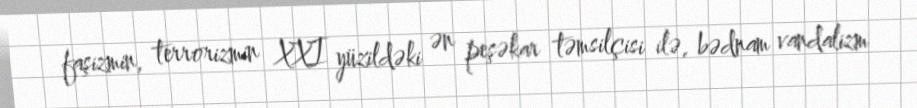
faşizmin, terrorizmin XXI yüzildəki ən peşəkar təmsilçisi ilə, bədnam vandalizm